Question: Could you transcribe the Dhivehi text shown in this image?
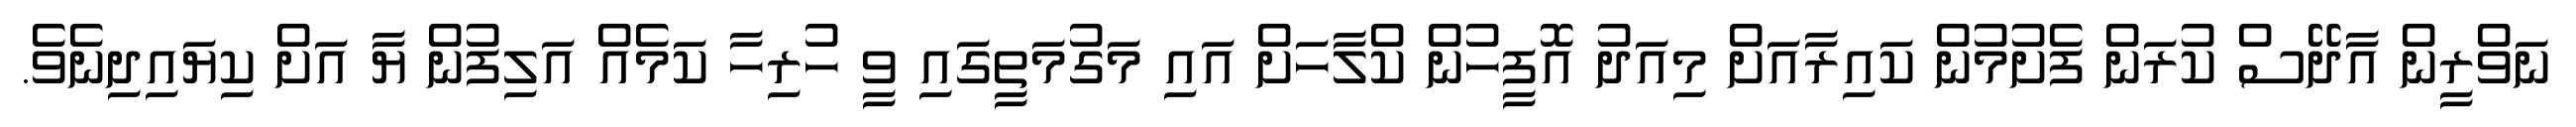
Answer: ނަވްރީން އާދޭސް ކުރަން ފެށުމުން ކައިރާއަށް މިއަދު އޮފީހުން ކްލާހަށް އައި މަގުމަތީގައި ވީ ހުރިހާ ކަމެއް އަލިފުން ޔާ އަށް ކިޔައިދިނެވެ.